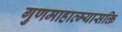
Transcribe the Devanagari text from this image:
गुणमाहात्म्यासक्ति